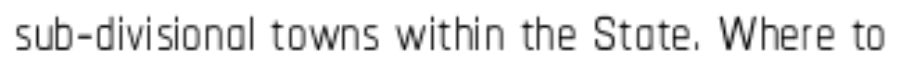
sub-divisional towns within the State. Where to